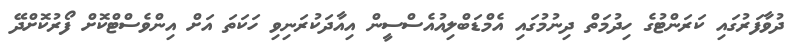
ދުވާފަރުގައި ކަރަންޓުގެ ހިދުމަތް ދިނުމުގައި އެމްޑަބްލިއުއެސްސީން އިއާދަކުރަނިވި ހަކަތަ އަށް އިންވެސްޓްކޮށް ފޯރުކޮށްދޭ